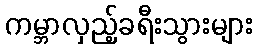
ကမ္ဘာလှည့်ခရီးသွားများ